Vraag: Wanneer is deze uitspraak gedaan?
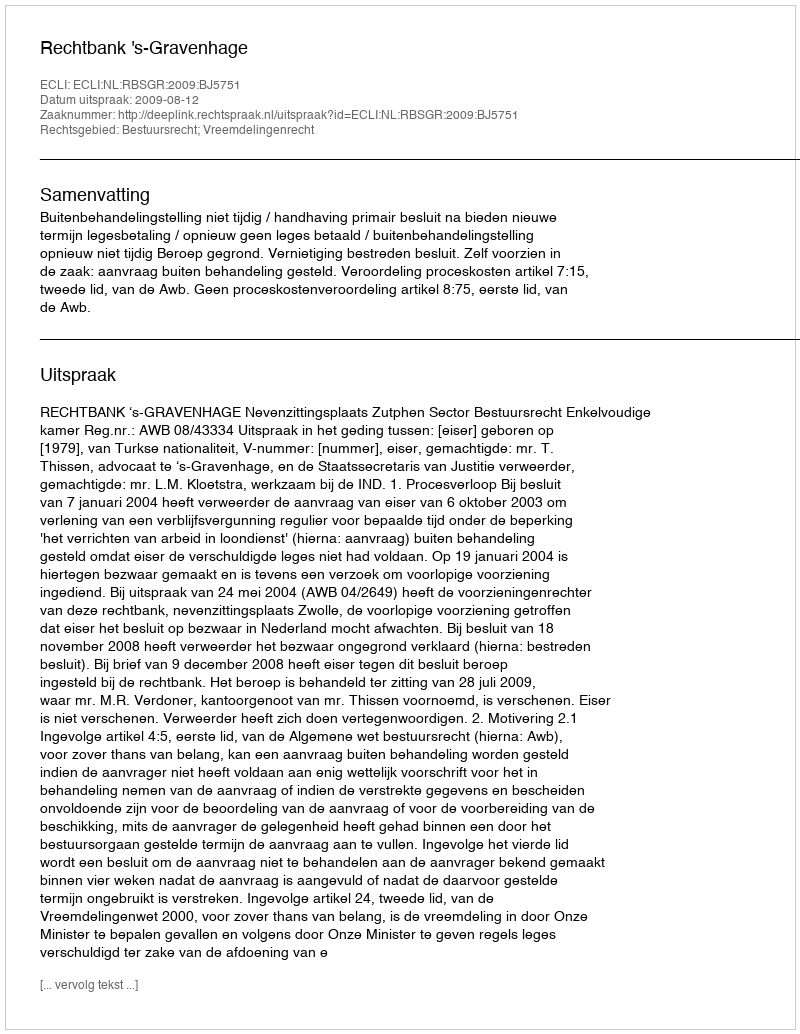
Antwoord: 2009-08-12